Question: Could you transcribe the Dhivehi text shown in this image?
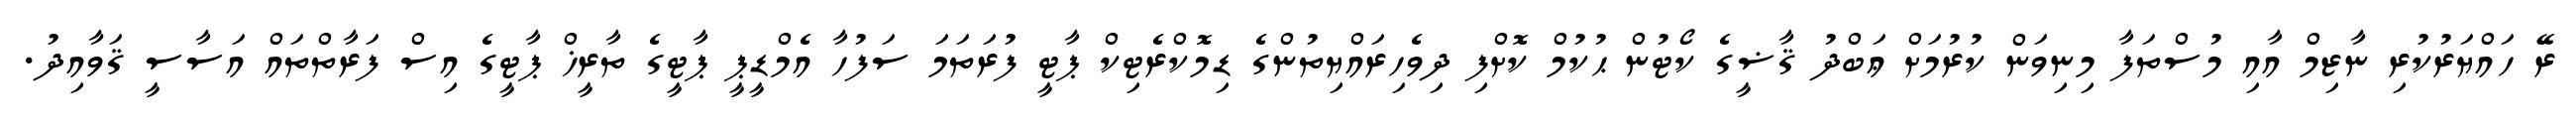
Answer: ރޭ ހައްޔަރުކުރި ނާޒިމް އާއި މުސްތަފާ މިނިވަން ކުރުމަށް ޢަބްދު ޤާޟީގެ ކޯޓުން ޙުކުމް ކޮށްފި ދިވެހިރައްޔިތުންގެ ޑިމޮކްރެޓިކް ޕާޓީ ފުރަތަމަ ސަފުހާ އެމްޑީޕީ ޕާޓީގެ ތާރީޚް ޕާޓީގެ އިސް ފަރާތްތައް އަސާސީ ޤަވާއިދު.